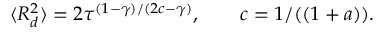
\langle R _ { d } ^ { 2 } \rangle = 2 \tau ^ { ( 1 - \gamma ) / ( 2 c - \gamma ) } , \qquad c = 1 / ( ( 1 + a ) ) .